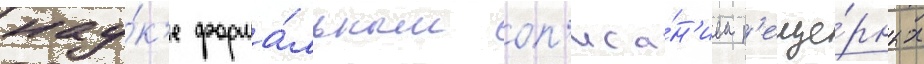
нау́к'е форма́льным оп'иса́н'ием п'еще́рных